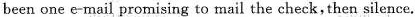
been one e-mail promising to mail the check, then silence.